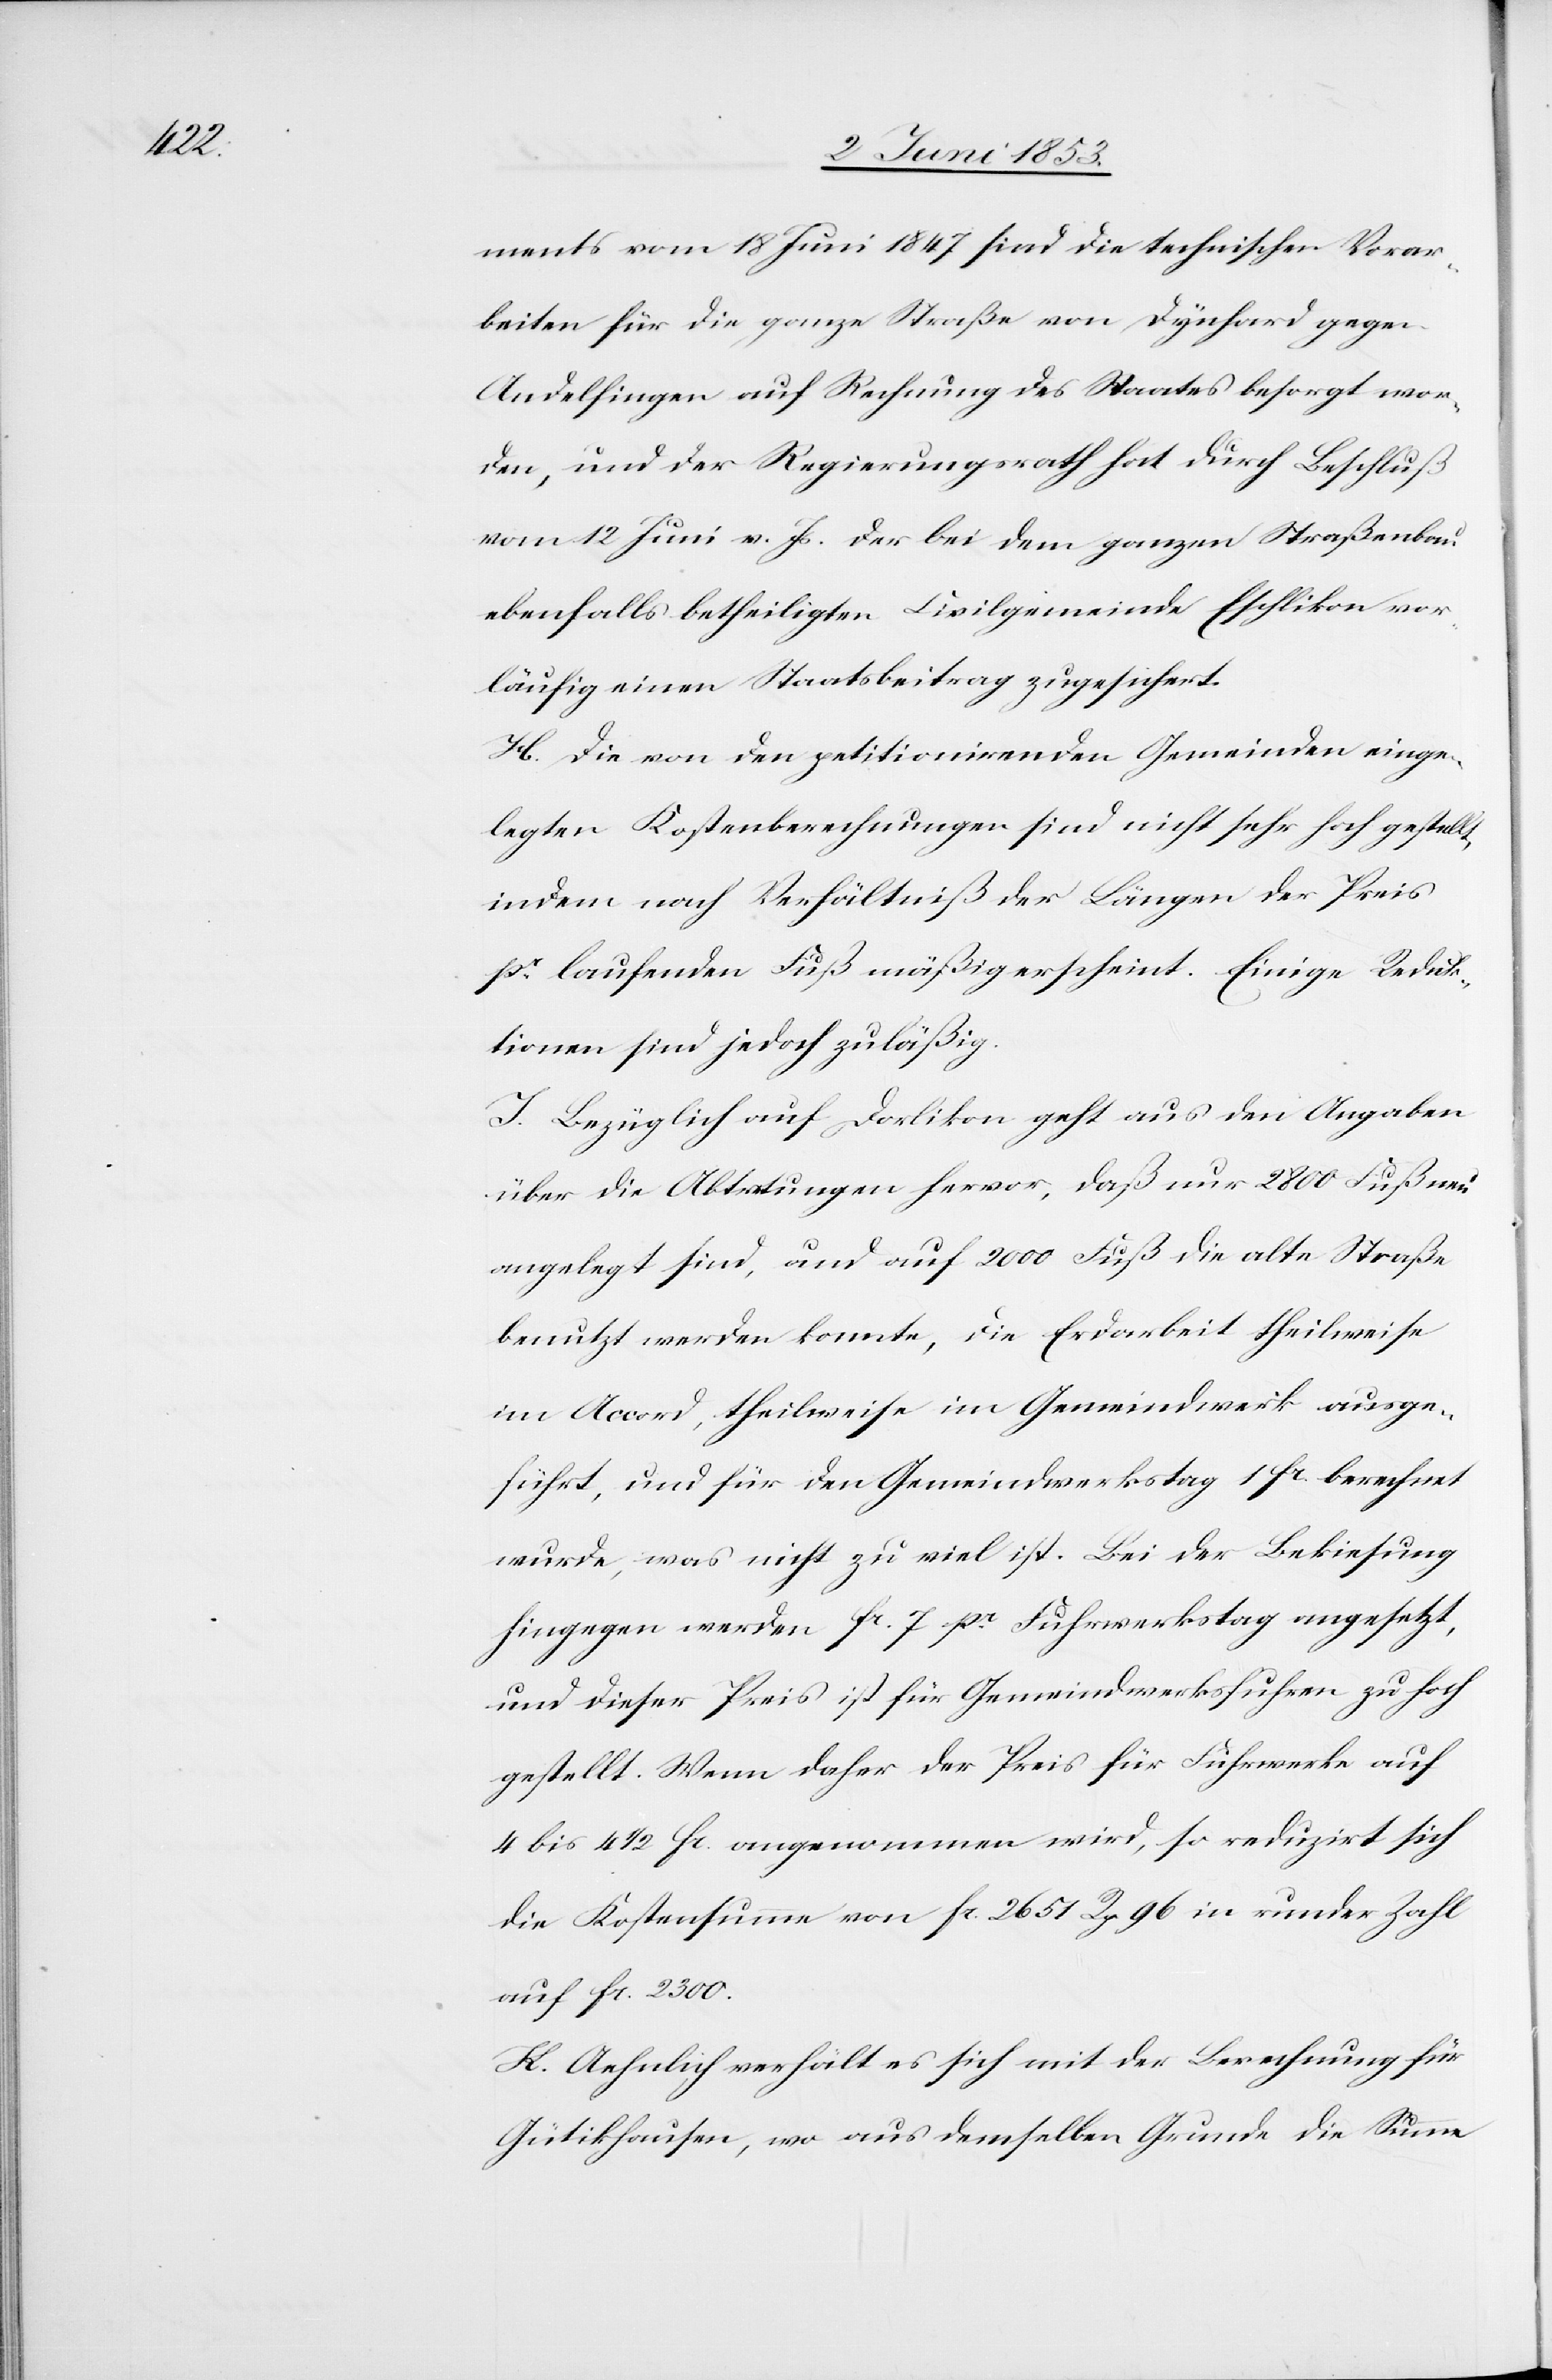
ments vom 18 Juni 1847 sind die technischen Vorar¬
beiten für die ganze Straße von Dynhard gegen
Andelfingen auf Rechnung des Staates besorgt wor¬
den, und der Regierungsrath hat durch Beschluß
vom 12 Juni v. Js. der bei dem ganzen Straßenbau
ebenfalls betheiligten Civilgemeinde Eschlikon vor¬
läufig einen Staatsbeitrag zugesichert.
H. Die von den petitionirenden Gemeinden einge¬
legten Kostenrechnungen sind nicht sehr hoch gestellt
indem nach Verhältniß der Längen der Preis
pr. laufenden Fuß mäßig erscheint. Einige Reduk¬
tionen sind jedoch zuläßig.
J. Bezüglich auf Dorlikon geht aus den Angaben
über die Abtretung hervor, daß nur 2800 Fuß un¬
angelegt sind, und auf 2000 Fuß die alte Straße
benutzt werden konnte, die Erdarbeit theilweise
im Accord, theilweise im Gemeindwerk ausge¬
führt, und für den Gemeindwerkstag 1 fr. berechnet
wurde, was nicht zu viel ist. Bei der Bekiesung
hingegen werden fr. 7 pr. Fuhrwerkstag angesetzt,
und dieser Preis ist für Gemeindsfuhren zu hoch
gestellt. Wenn daher der Preis für Fuhrwerke auf
4 bis 4 1/2 fr. angenommen wird, so reduzirt sich
die Kostensumme von fr. 2651 Rp. 96 in runder Zahl
auf fr. 2300.
H. Aehnlich verhält es sich mit der Berechnung für
Gütikhausen, wo aus demselben Grunde die Summe,